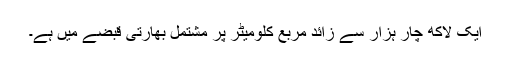
ایک لاکھ چار ہزار سے زائد مربع کلومیٹر پر مشتمل بھارتی قبضے میں ہے۔